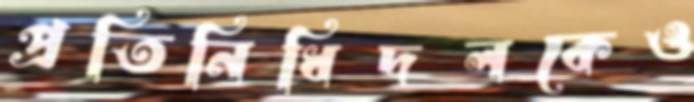
প্রতিনিধিদলকেও